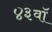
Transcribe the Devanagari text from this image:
४३वॉ